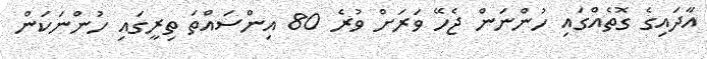
އާދައިގެ ގޮތެއްގައި ހުންނަން ޖެހޭ ވަރަށް ވުރެ 80 އިންސައްތަ ތިރީގައި ހުންނަކަން